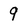
Character: 9